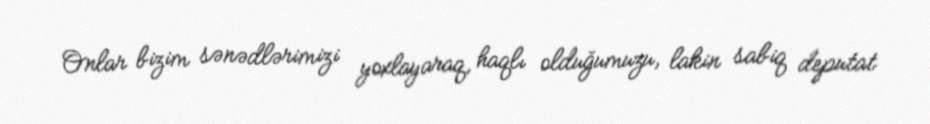
Onlar bizim sənədlərimizi yoxlayaraq, haqlı olduğumuzu, lakin sabiq deputat